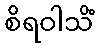
စိရဝါသိံ